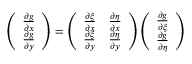
\left( \begin{array} { l } { \frac { \partial g } { \partial x } } \\ { \frac { \partial g } { \partial y } } \end{array} \right) = \left( \begin{array} { l l } { \frac { \partial \xi } { \partial x } } & { \frac { \partial \eta } { \partial x } } \\ { \frac { \partial \xi } { \partial y } } & { \frac { \partial \eta } { \partial y } } \end{array} \right) \left( \begin{array} { l } { { \frac { \partial g } { \partial \xi } } } \\ { \frac { \partial g } { \partial \eta } } \end{array} \right)